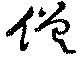
僧